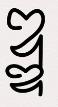
ឌ្ឌ